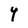
Character: Y